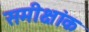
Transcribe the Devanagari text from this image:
समीक्षांक